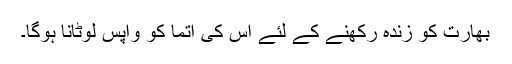
بھارت کو زندہ رکھنے کے لئے اس کی آتما کو واپس لوٹانا ہوگا۔